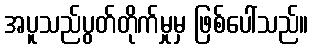
အပူသည်ပွတ်တိုက်မှုမှ ဖြစ်ပေါ်သည်။